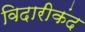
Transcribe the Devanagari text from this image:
विदारीकंद